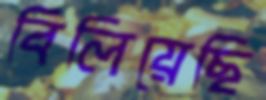
বিলিয়েছি